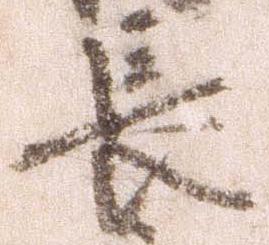
長